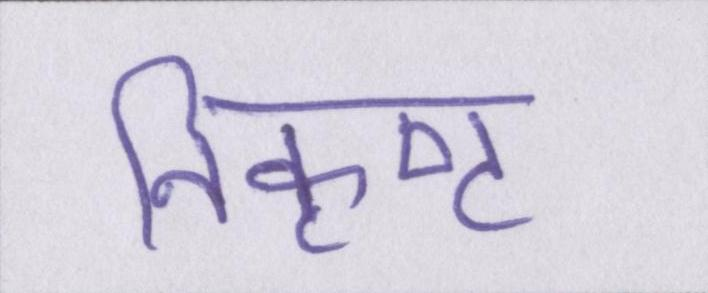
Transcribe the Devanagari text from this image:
निकृष्ट